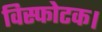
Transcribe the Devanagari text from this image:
विस्फोटक।